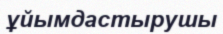
ұйымдастырушы